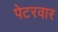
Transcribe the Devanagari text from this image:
पेटरवार